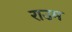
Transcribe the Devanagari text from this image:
राउम